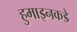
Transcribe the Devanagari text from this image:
हुमाइनकडे